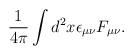
LaTeX: \begin{align*}\frac{1}{4\pi} \int d^2 x \epsilon_{\mu \nu} F_{\mu \nu}.\end{align*}